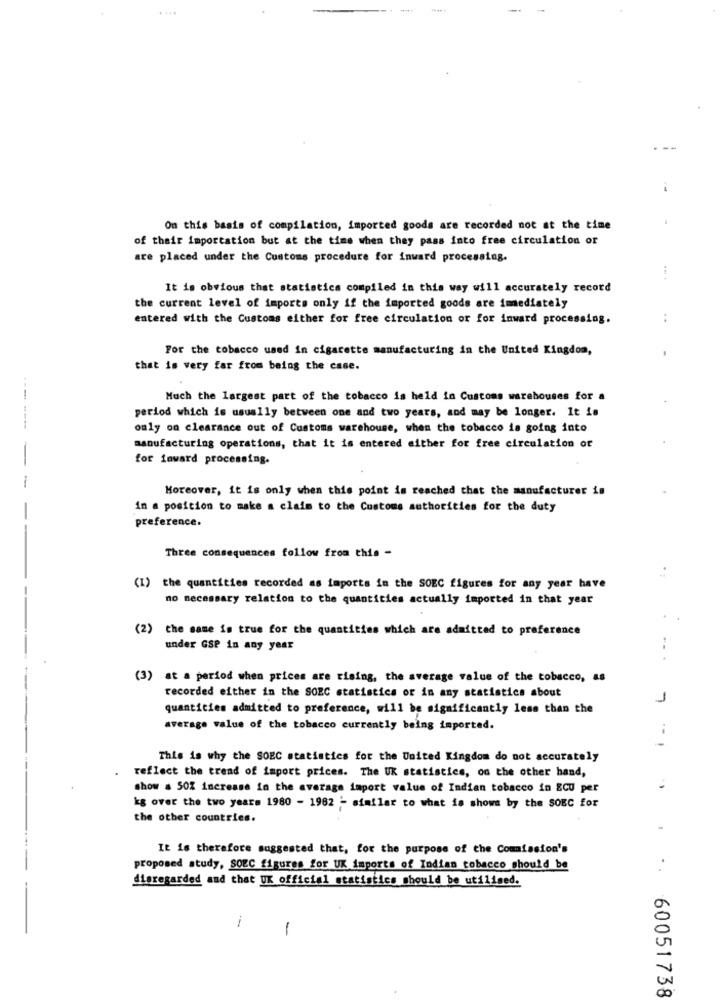
On this basis of compilation, imported goods are recorded not at the time
of their importation but at the time when they pass into free circulation or
are placed under the Customs procedure for inward processing.
It is obvious that statistics compiled in this way will accurately record
the current level of imports only if the imported goods are imediately
entered with the Customs either for free circulation or for inward processing.
For the tobacco used in cigarette manufacturing in the United Kingdom,
that is very far from being the case.
Much the largest part of the tobacco is held in Customs warehouses for a
period which is usually between one and two years, and may be longer. It is
--- ---
only on clearance out of Customs warehouse, when the tobacco is going into
manufacturing operations, that it is entered either for free circulation or
-
for inward processing.
-
Moreover, it is only when this point is reached that the manufacturer in
in a position to make a claim to the Customs authorities for the duty
preference.
Three consequences follow from this -
(I) the quantities recorded as imports in the SOEC figures for any year have
no necessary relation to the quantities actually imported in that year
(2) the same is true for the quantities which are admitted to preference
under GSP in any year
.. .
(3) at a period when prices are rising, the average value of the tobacco, as
recorded either in the SORC statistics or in any statistics about
J
quantities admitted to preference, will be significantly less than the
average value of the tobacco currently being imported.
This is why the SOEC statistics for the United Kingdom do not accurately
reflect the trend of import prices. The UK statistics, on the other hand,
show . 50% increase in the average import value of Indian tobacco in ECU per
kg over the two years 1980 - 1982 - similar to what is shows by the SOBC for
the other countries.
It is therefore suggested that, for the purpose of the Commission's
proposed study, SOEC figures for UK imports of Indian tobacco should be
..
disregarded and that UK official statistics should be utilized.
i
-
60051738